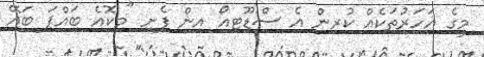
މީގެ އަހަރުތަކެއް ކުރިން އެ ސްޑޫޓިއޯ އިން ފެށި "މިކޮއެ ބައްޕަ ބައޭ